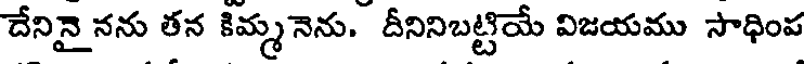
దేనినై నను తన కిమ్మ నెను. దీనినిబట్టియే విజయము సాధింప